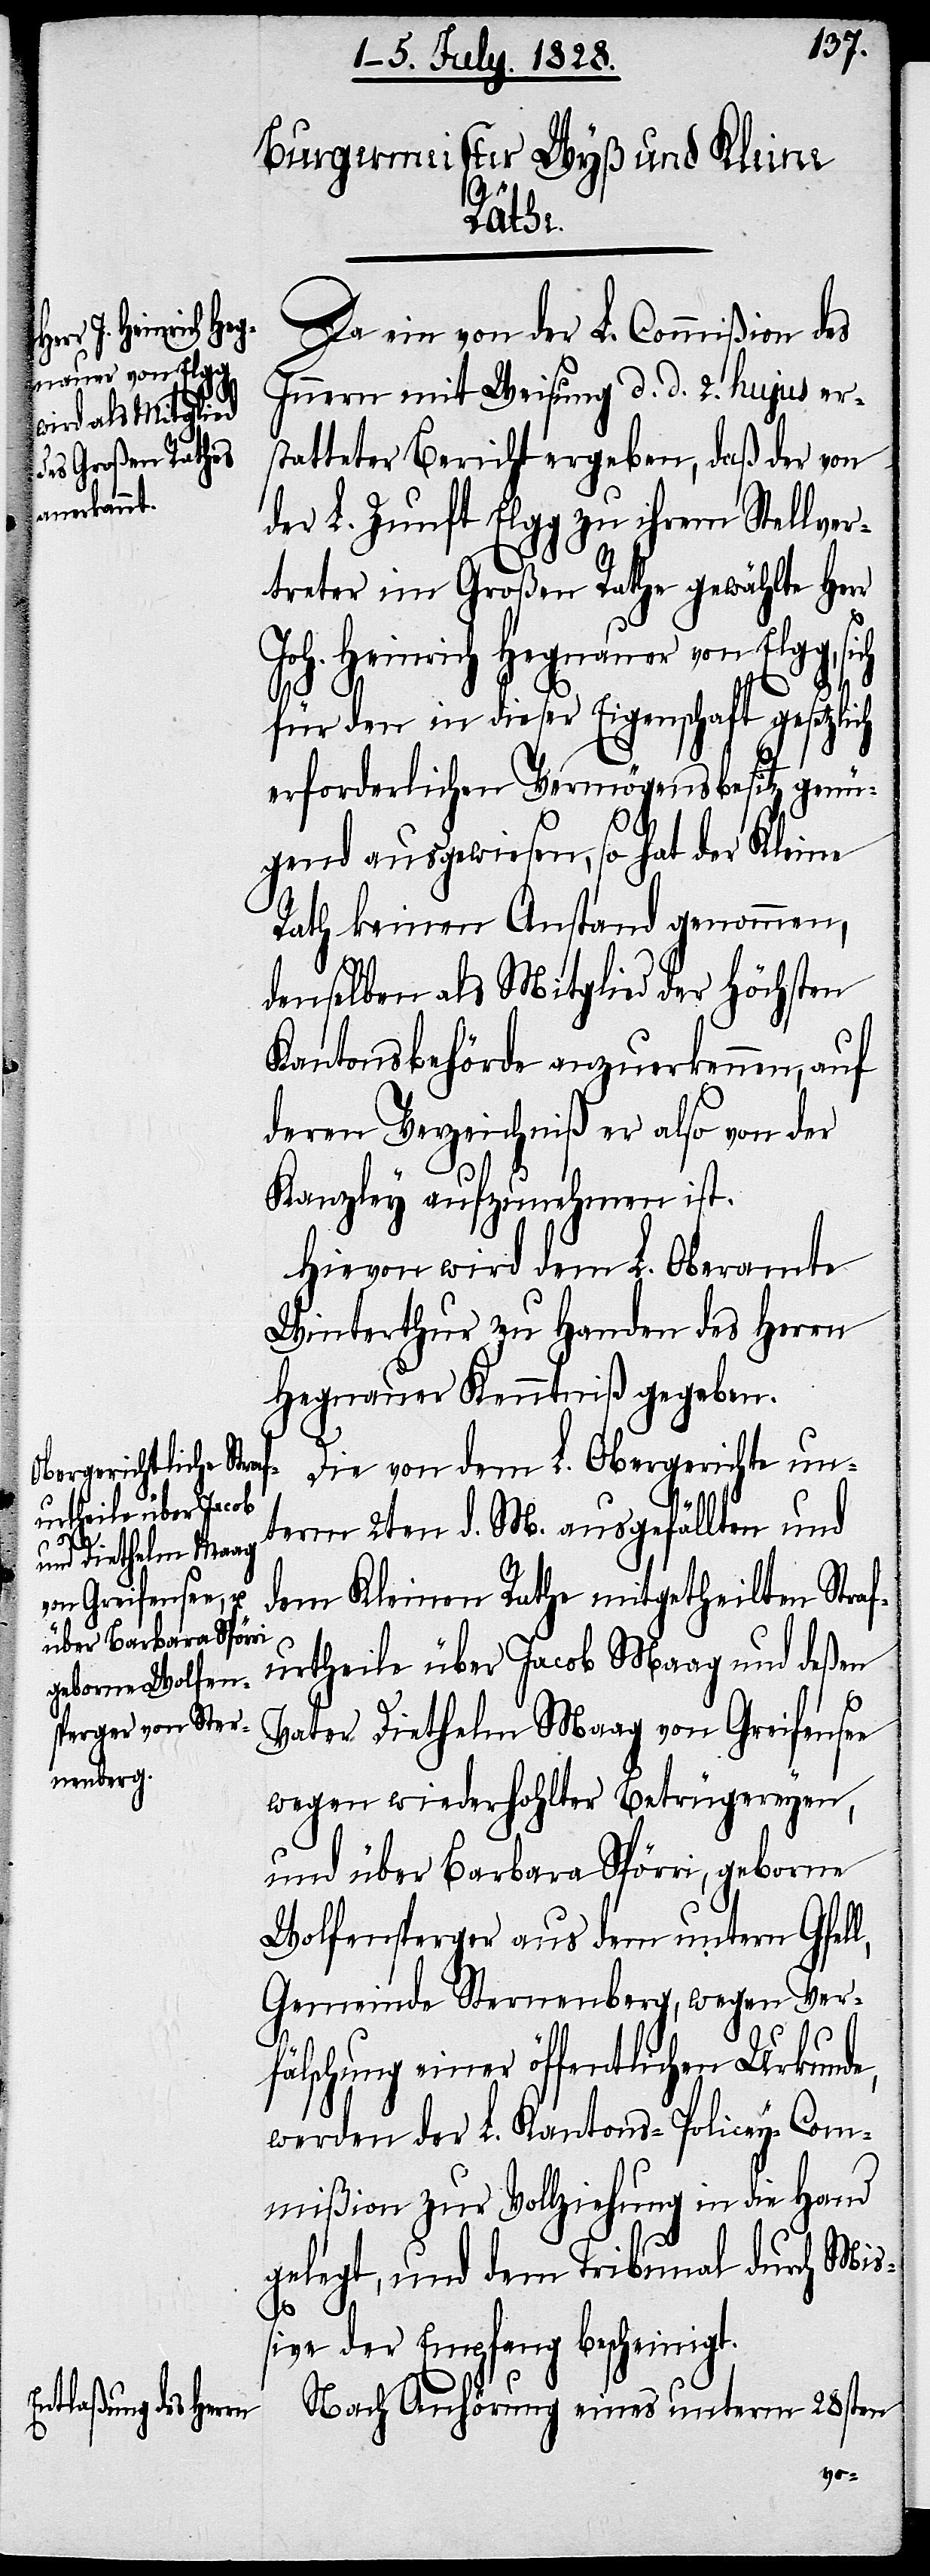
Da ein von der L. Commißion des
Innern mit Weisung d. d. 2. hujus er¬
statteter Bericht ergeben, daß der von
der L. Zunft Elgg zu ihrem Stellver¬
treter im Großen Rathe gewählte Her¬
r
Joh. Heinrich Hegnauer von Elg¬
g,
tzlich
für den in dieser Eigenschaft gese¬
erforderlichen Vermögensbesitz, genü¬
gend ausgewiesen, so hat der Kleine
Rath keinen Anstand genommen,
denselben als Mitglied der Höchsten
Kantonsbehörde anzuerkennen, auf
deren Verzeichniß er also von der
Kanzley aufzunehmen ist.
Hievon wird dem L. Oberamte
Winterthur zu Handen des Herrn
Hegnauer Kenntniß gegeben.
Die von dem L Obergerichte un¬
term 2ten d. M. ausgefällten und
dem Kleinen Rathe mitgetheilten Straf¬
urtheile über Jacob Maag und deßen
Vater Diethelm Maag von Greifensee
wegen wiederhohlter Betrügereyen,
und über Barbara Spörri, geborne
Wolfensperger aus dem untern Gfell,
Gemeinde Sternenberg, wegen Verf¬
älschung einer öffentlichen Urkunde,
werden der L. Kantons-Policey-Com¬
mißion zur Vollziehung in die Hand
gelegt, und dem Tribunal durch Mi¬
ßiven der Empfang bescheinigt.
Nach Anhörung eines unterm 28sten